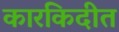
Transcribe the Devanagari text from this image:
कारकिदीत